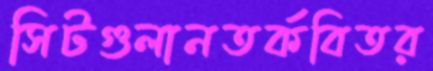
সিটগুলানতর্কবিতর